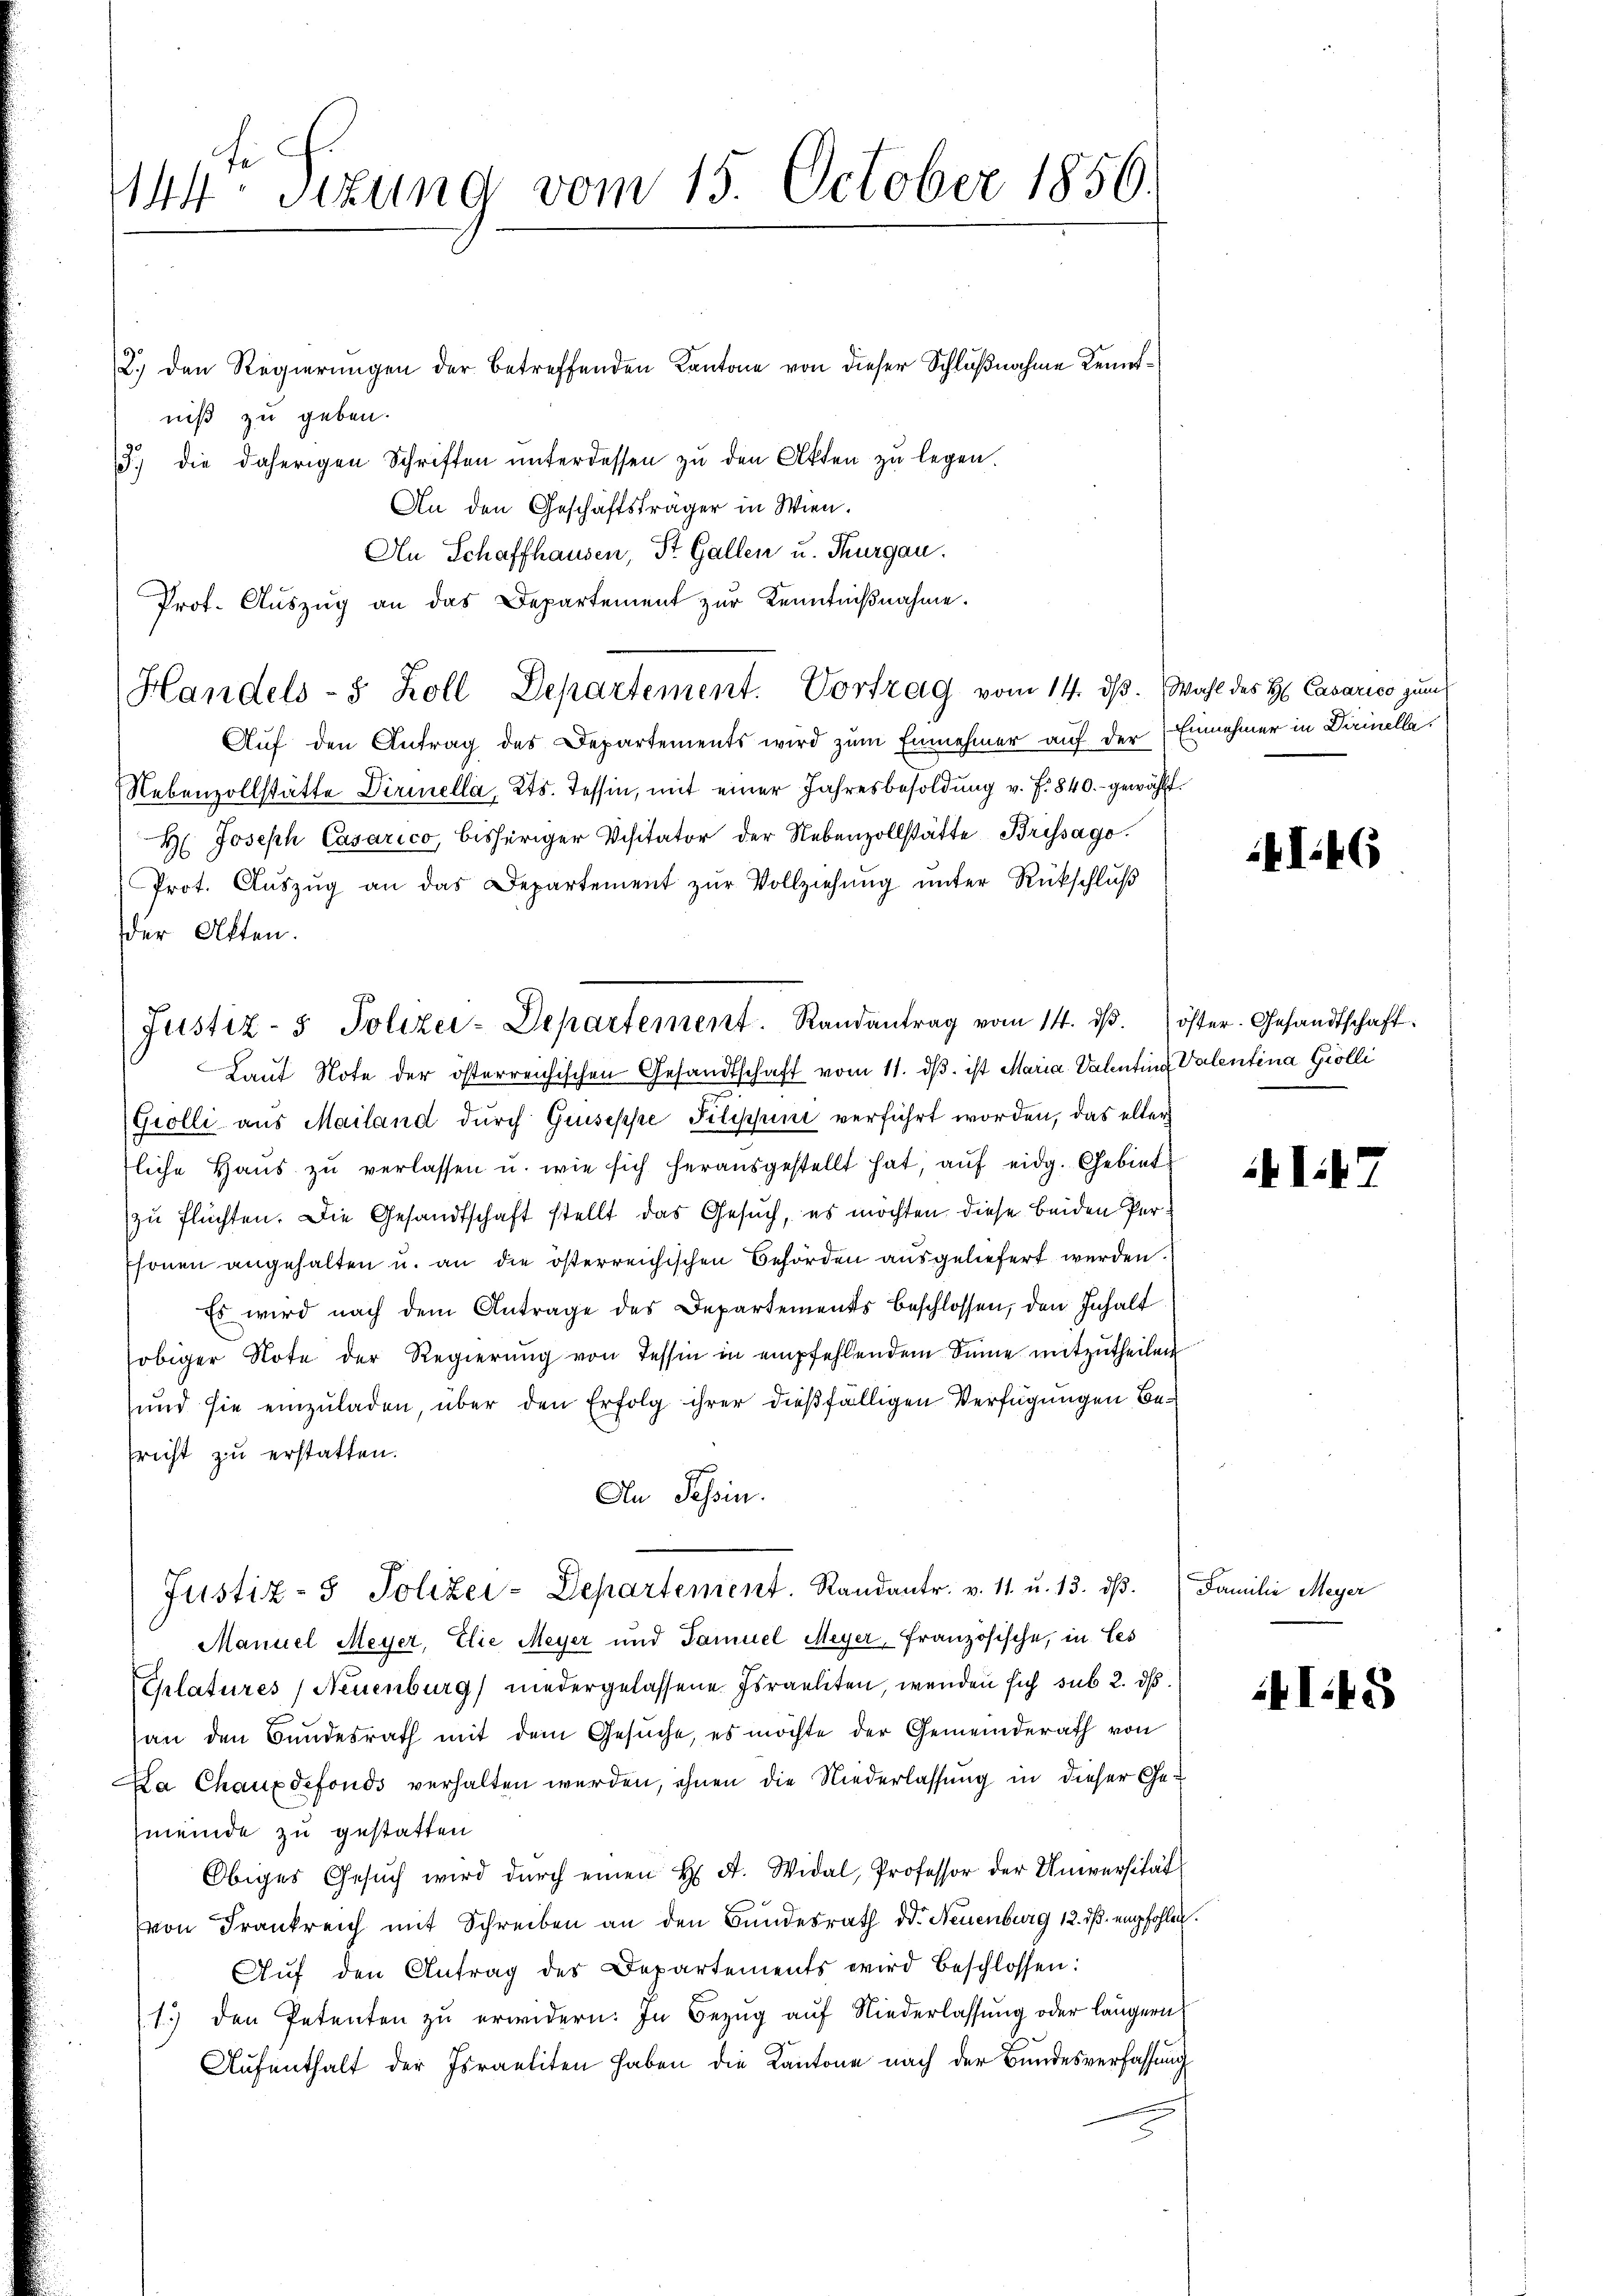
144 sizung vom 15. October 1850.

2.) den Regierungen der betreffenden Kantone von dieser Schlußnahme Kenntniß zu geben.
3) die daherigen Schriften ŭnterdessen zu den Akten zu legen.
An den Geschäftsträger in Wien.
An Schaffhausen, St. Gallen u. Thurgau.
Prot. Auszug an das Departement zur Kenntnißnahme.
Auf den Antrag des Departements wird zum Einnehmer auf der
Nebenzollstätte Dirinella, Kts. Tessin, mit einer Jahresbesoldŭng v. f. 840.- gewählt.
H. Joseph Casarico, bisheriger Visitator der Nebenzollstätte Brissago
Prot. Aŭszŭg an das Departement zŭr Vollziehŭng ŭnter Rückschlŭβ
der Akten.
Laut Note der österreichischen Gesandtschaft vom 11. dβ ist Maria Valentine Valentina Grolli
Grolli aus Mailand durch Guseppe Pilippini verführt worden, das aller
fliche Haŭs zŭ verlassen u. wie sich herausgestellt hat, auf eidg. Gebiet
zu flüchten. Die Gesandtschaft stellt das Gesuch, es möchten diese beiden Per¬
Esonen angehalten u. an die österreichischen Behörden ausgeliefert werden.
Es wird nach dem Antrage des Departements beschlossen, den Inhalt
obiger Note der Regierung von Tessin in empfehlendem Sinne mitzutheilen
und sie einzuladen, über den Erfolg ihrer dießfälligen Verfügungen Besricht zu erstatten.
An Tessin.
Justiz- & Polizei-Departement. Randantr. v. 11. u. 13. dβ. Familie Meyer
Manuel Meyer, Elie Meyer und Samuel Meyer, Französische, in Ces
Chlatures (Neuenburg niedergelassene Israeliten, wenden sich sub 2. ds.
an den Bundesrath mit dem Gesuche, es möchte der Gemeinderath von
La Chauxdefonds verhalten werden, ihnen die Niederlassung in dieser Gemeinde zu gestatten
Obiges Gesŭch wird dŭrch einen H. A. Widal, Professor der Universität
von Frankreich mit Schreiben an den Bundesrath dd. Neuenburg 12. dβ. empfohlen.
Aŭf den Antrag des Departements wird beschlossen:
1.) den Petenten zu erwidern. In Bezug auf Niederlassung oder längern
Aufenthalt der Israeliten haben die Kantone nach der Bundesverfassung

Handels- & Koll Departement. Vortrag vom 14. ds. Wahl des H. Cavarico zum

Justiz- & Polizei-Departement. Randantrag vom 14. dβ. öster. Gesandtschaft.

Einnahmer in Dirinella.

I.46

lik7

I.45